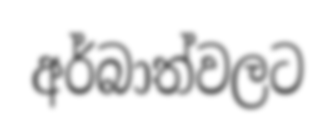
අර්බාත්වලට